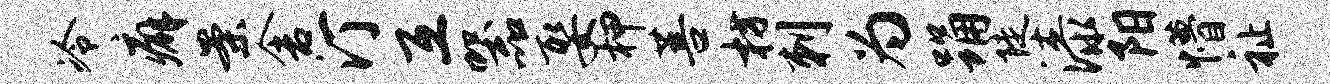
冷癖案舍汀互器娶柙菩枋刺为踊陡漆阳懵祉